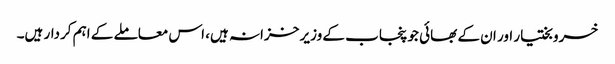
خسرو بختیار اور ان کے بھائی جو پنجاب کے وزیر خزانہ ہیں، اس معاملے کے اہم کردار ہیں۔